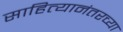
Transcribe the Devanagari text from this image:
साहित्यानंतरच्या